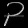
Digit: ၃